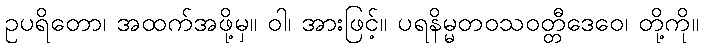
ဥပရိတော၊ အထက်အဖို့မှ။ ဝါ၊ အားဖြင့်။ ပရနိမ္မတဝသဝတ္တီဒေဝေ၊ တို့ကို။